Code of medical and sanitary regulations for the guidance of medical officers serving in the Madras Presidency - Volume II
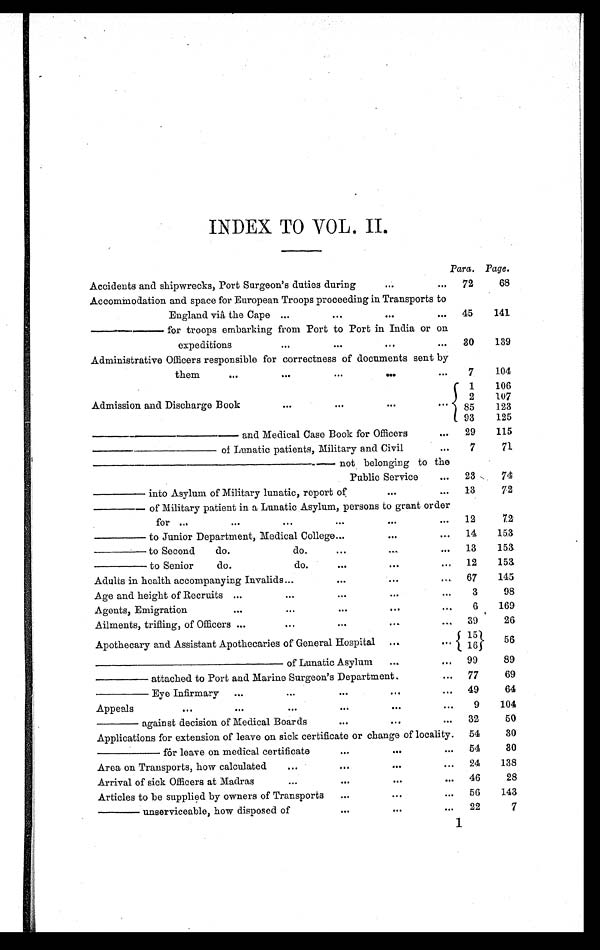
INDEX TO VOL. II.
Para. Page.
Accidents and shipwrecks, Port Surgeon's duties during
. . .
...
72
68
Accommodation and space for European Troops proceeding in Transports to
England viâ the Cape ...
...
. . .
...
45
141
— — — f o r t r o o p s e m b a r k i n g f r o m P o r t t o P o r t i n I n d i a o r o n
expeditions
...
...
. . .
. . .
30
139
Administrative Officers responsible for correctness of documents sent by
them
. . .
...
...
. . .
. . .
7
104
Admission and Discharge Book
...
...
. . .
. . .
1
106
2
85
107
123
93
125
— — — — — a n d M e d i c a l C a s e B o o k f o r O f f i c e r s
...
29
115
———— of Lunatic patients, Military and Civil
. . .
7
71
——————— not belonging to the
Public Service
...
23
74
—— into Asylum of Military lunatic, report of
. . .
...
13
72
—— of Military patient in a Lunatic Asylum, persons to grant order
for ...
. . .
...
...
. . .
...
12
72
—— to Junior Department, Medical College ...
. . .
...
14
153
—— to Second
do.
do.
...
. . .
...
13
153
——
to Senior
do.
do.
...
. . .
...
12
153
Adults in health accompanying Invalids ...
...
. . .
...
67
145
Age and height of Recruits ...
...
...
. . .
. . .
3
98
Agents, Emigration
. . .
...
...
. . .
. . .
6
169
Ailments, trifling, of Officers ...
...
...
. . .
...
39
26
Apothecary and Assistant Apothecaries of General Hospital
. . .
. . .
15 16
56
— — — — — — o f L u n a t i c
Asylum
...
...
99
89
—— attached to Port and Marine Surgeon's Department.
...
77
69
—— Eye Infirmary
...
...
...
. . .
...
49
64
Appeals
...
...
...
...
. . .
...
9
104
—— against decision of Medical Boards
...
. . .
...
32
50
Applications for extension of leave on sick certificate or change of locality.
54
30
——— for leave on medical certificate
...
. . .
. . .
54
30
Area on Transports, how calculated
...
...
. . .
...
24
138
Arrival of sick Officers at Madras
...
...
. . .
...
46
28
Articles to be supplied by owners of Transports
...
...
...
56
143
—— unserviceable, how disposed of
...
...
...
22
7
1